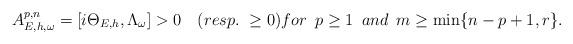
\begin{align*} A^{p,n}_{E,h,\omega}=[i\Theta_{E,h},\Lambda_\omega]>0\quad(resp.~\geq0)for~\, p\geq1 ~\,and~\, m\geq\min\{n-p+1,r\}. \end{align*}